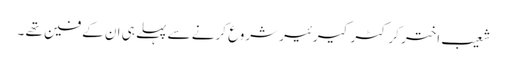
شعیب اختر کرکٹر کیرئیر شروع کرنے سے پہلے ہی ان کے فین تھے ۔